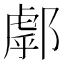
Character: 𨝘